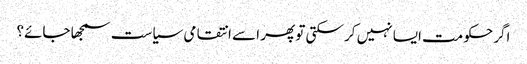
اگر حکومت ایسا نہیں کر سکتی تو پھر اسے انتقامی سیاست سمجھا جائے؟